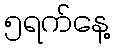
၅ရက်နေ့